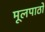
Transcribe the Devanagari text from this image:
मूलपाठों